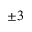
\pm 3